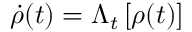
{ { \dot { \rho } } } ( t ) = { { \Lambda } _ { t } } \left[ { { \rho } ( t ) } \right]